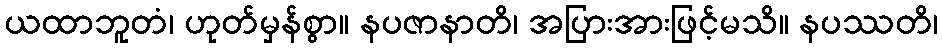
ယထာဘူတံ၊ ဟုတ်မှန်စွာ။ နပဇာနာတိ၊ အပြားအားဖြင့်မသိ။ နပဿတိ၊